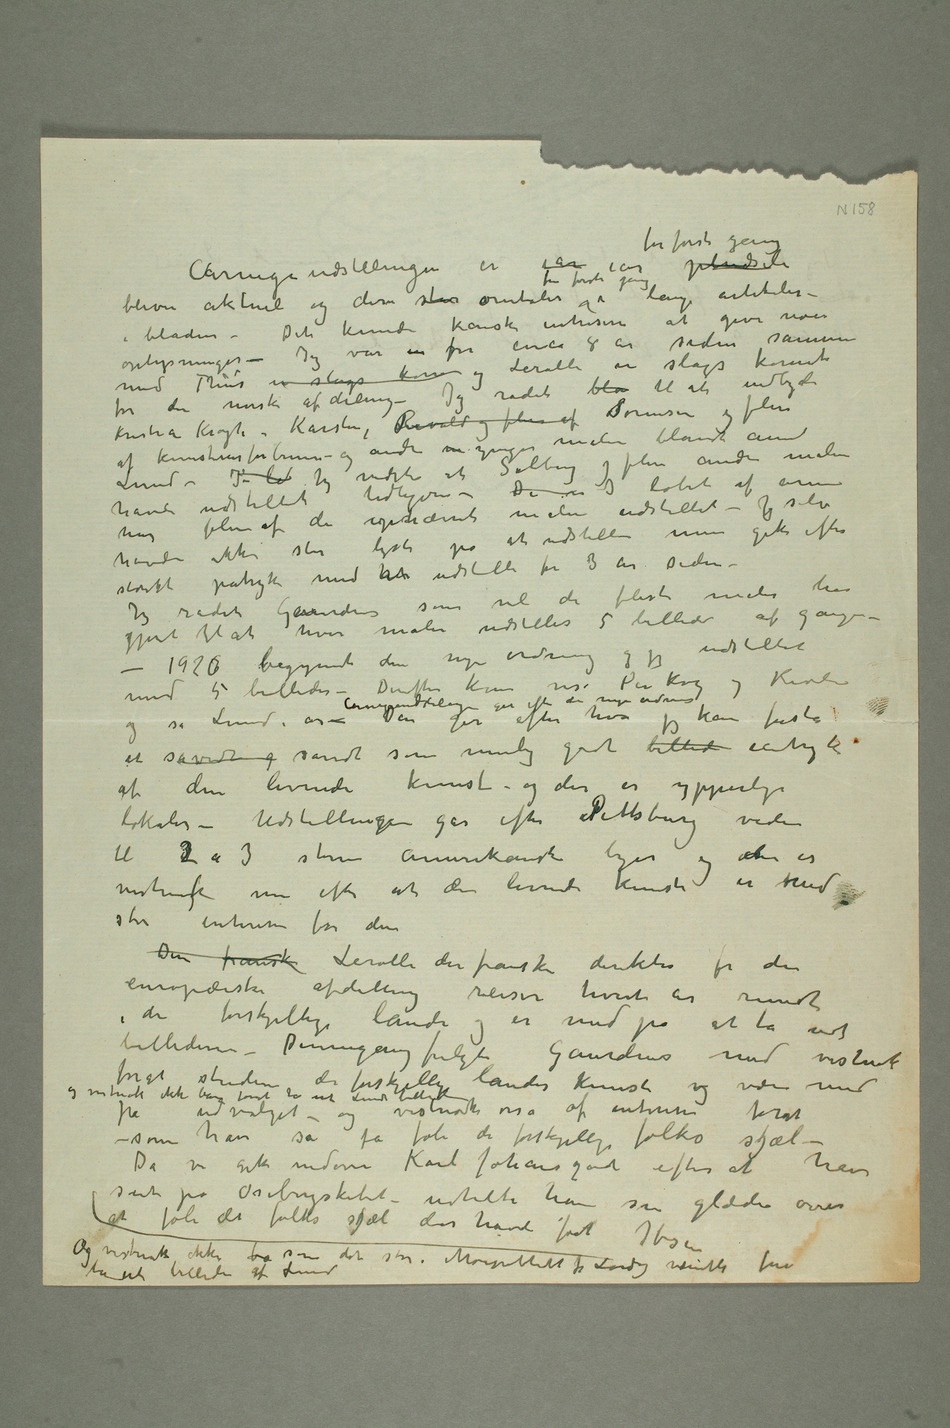
kodes?Carnegieudstillingen er iår iår for første gang pludseli
bleven aktuel og denne står omtales for
bladene – Det kunde kanske intresere at give noen
med Thiis en slags kom og Lerolle en slags komité
for den norske afdeling – Jeg rådet bla til at indbyde
Kristian Krogh, Karsten, Revold og flere af sSørensen og flere
Lund – I løb Jeg vidste at Solberg og flere andre malere
havde udstillet
har flere af de opnævnte malere udstillet – Jeg selv
havde ikke stor lyst på at udstille men gik efter
stærkt påtryk med at udstille for 3 år siden –
Jeg rådet Gaudens som vel de fleste malere har
gjort til at hver maler udstiller 5 billeder af gangen –
– 19276 begynte den nye ordning og jeg
med 5 billeder – Derefter kom osså Per Krohg og Kavli og så Lund  –
et såvidt g sandt som mulig godt billed intryk
af den levende kunst – og der er ypperlige
lokaler – Udstillingen går efter Pittsburg videre
til 32 a 3 store amerikanske byer og der er
vistnogk nu efter at den levende kunst er med
stor interesse for den
Den franske Lerolle den franske direktør for den
europæiske afdeling reiser hvert år rundt
i de forskjellige lande og er med på at ta ud
billederne – Dennegang fulgte Gaudens med vistnok
forat studere de forskjellige landes kunst og være med på
og vistnok ikke bare forat ta ut Lunds billeder – og vistnok osså af interesse forat
– som han safå føle de forskjellige folks sjæl –
Da vi gik nedover Karl Johans gade efter at have
seet på Osebergskibet – udtalte han sin glæde over
at føle det folks sjæl der havde født Ibsen
Og vistnok ikke ba som det står i Morgenbladet for Lørdag væsentli for